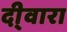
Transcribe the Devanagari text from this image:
दी्वारा